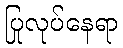
ပြုလုပ်နေရာ